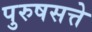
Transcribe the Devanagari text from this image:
पुरुषसत्ते